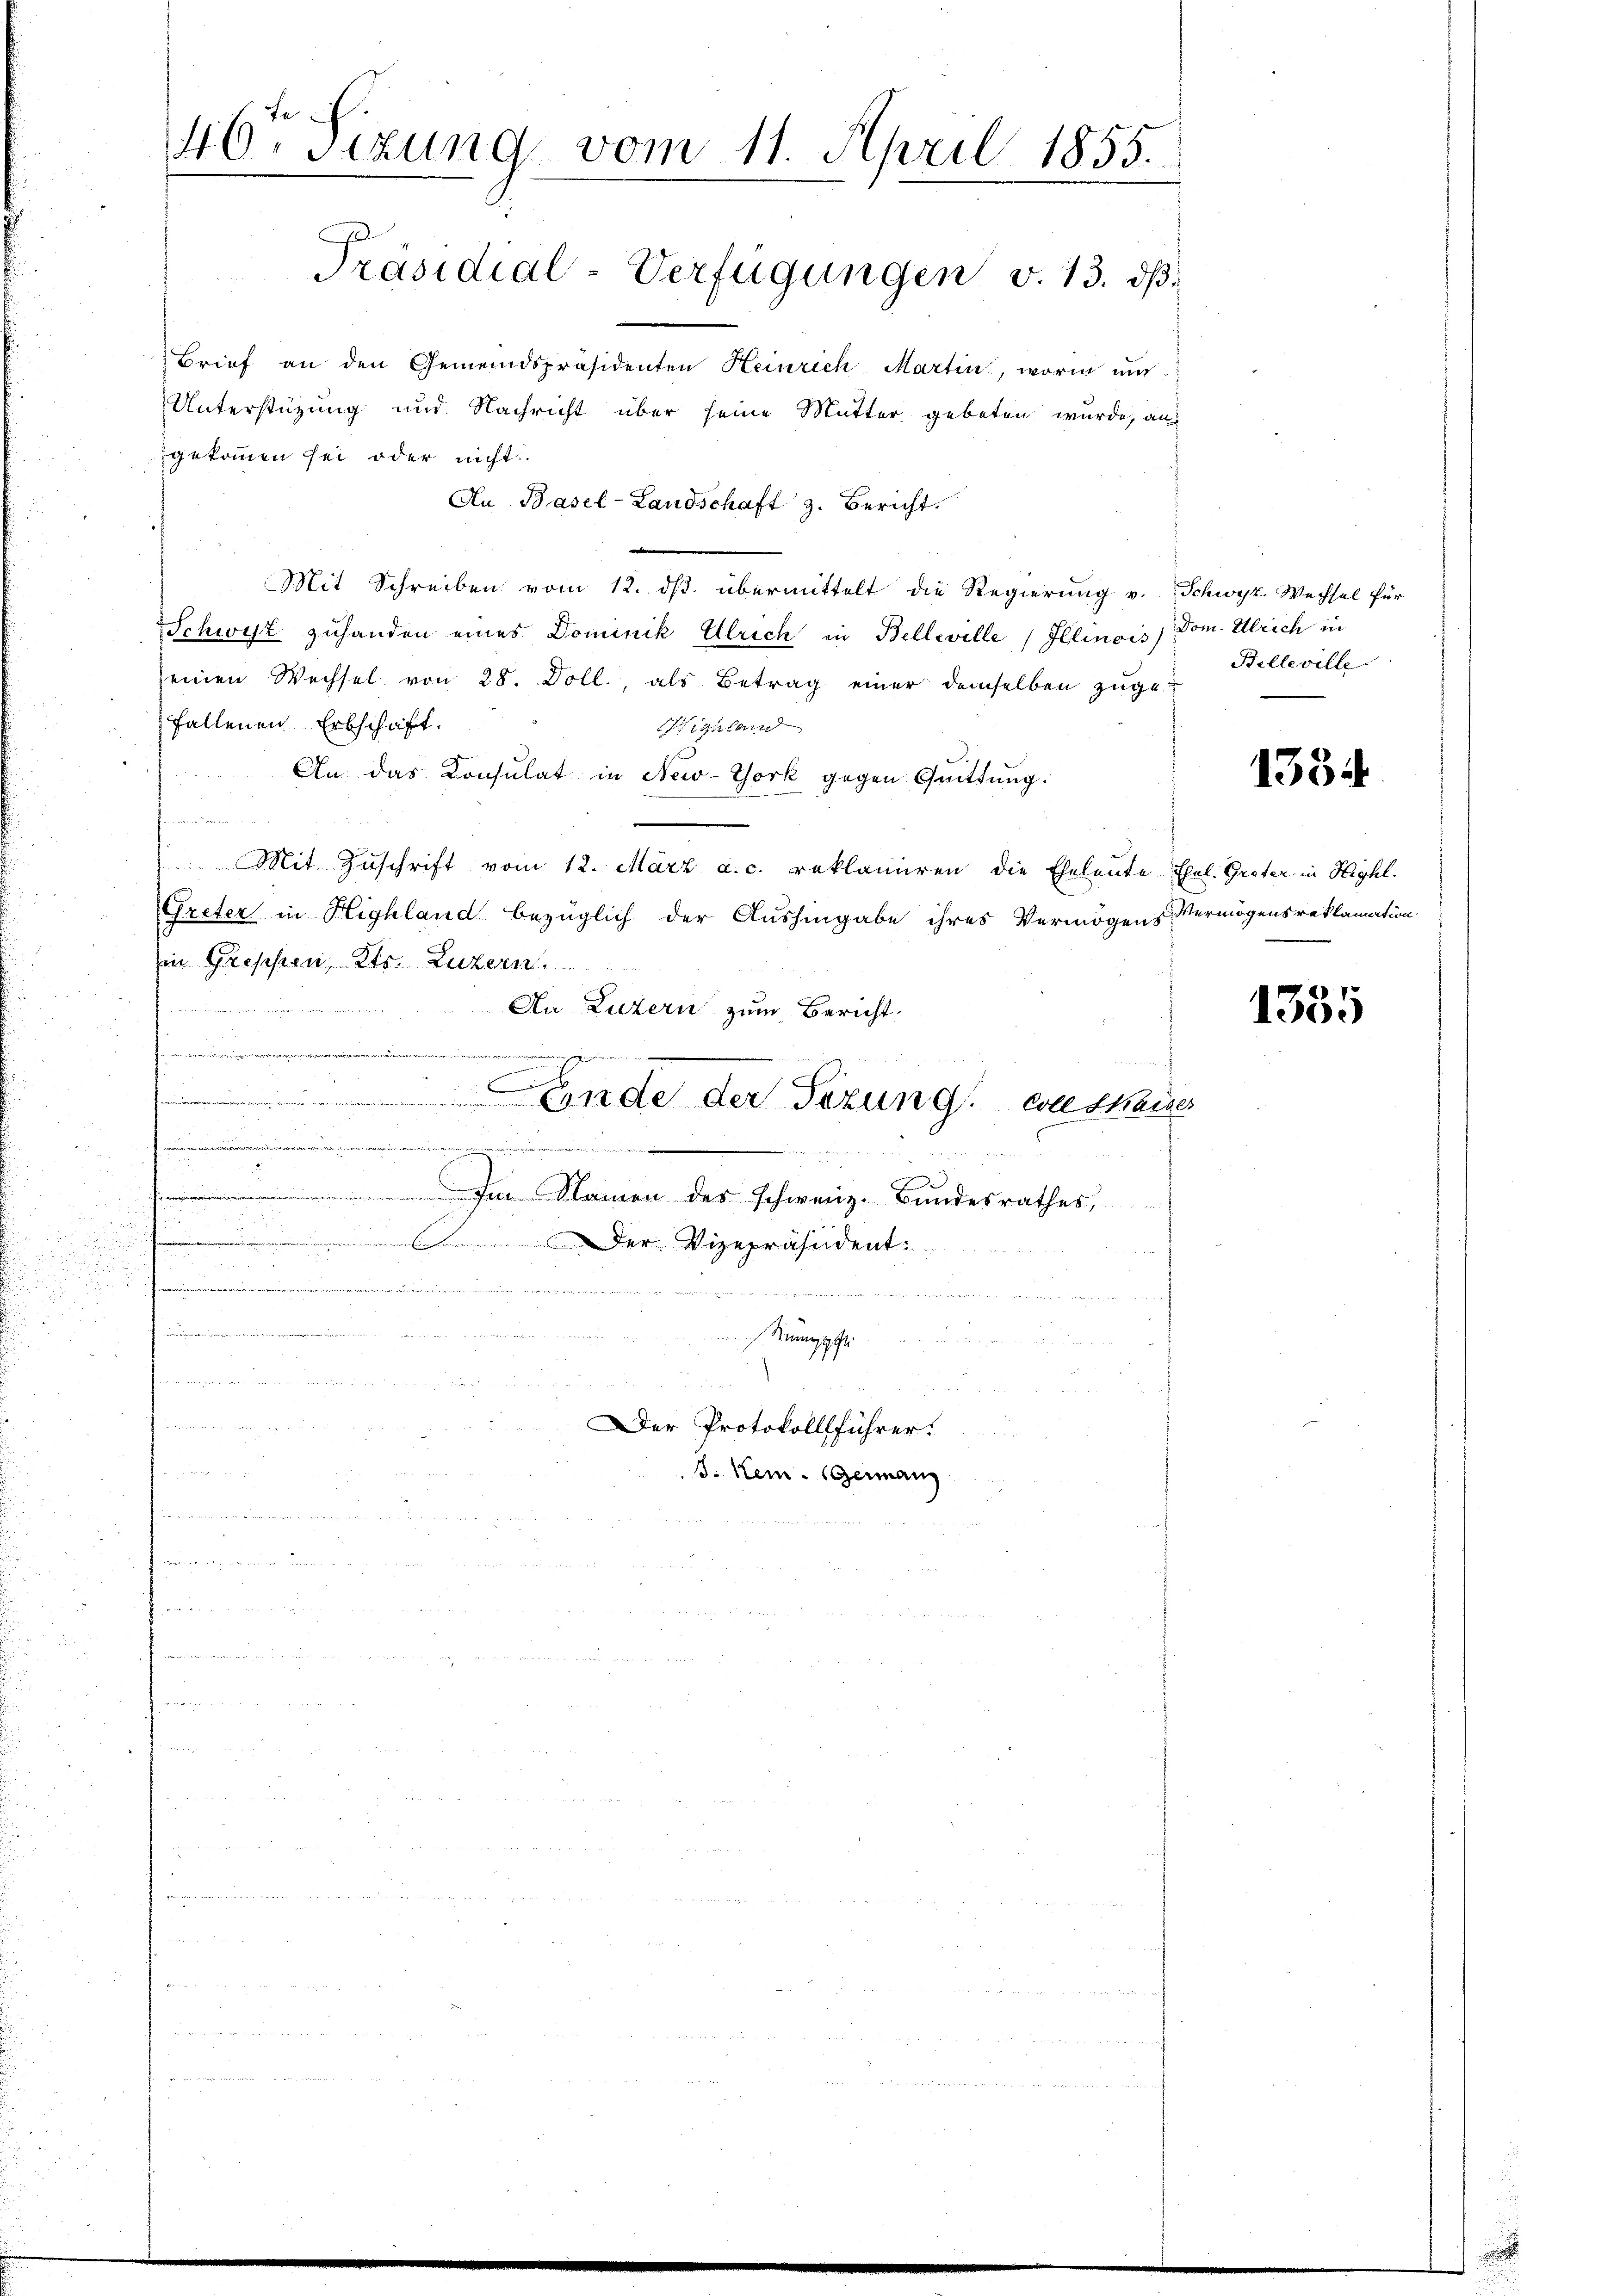
46. Sizung vom 11. April 1855.
Präsidial-Verfügungen v. 13. dβ.

Brief an den Gemeindspräsidenten Heinrich Martin, worin und
Unterstützung und Nachricht über seine Mutter gebeten wurde, an
gekommen sei oder nicht
Die Basel-Landschaft z. Bericht.
Mit Schreiben vom 12. dβ übermittelt die Regierung v. Schwyz. Wechsel für
Schwyz zuhanden eines Dominik Ulrich in Belleille (Illinois)
seinen Wechsel von 28. Doll., als Betrag einer demselben zugefallenen Erbschaft.
ttland
An das Konsulat in New-York gegen Quittung.
Mit Zŭschrift vom 12. März a.c. reklamiren die Eheleute Ehel. Greter in Highl.
Greter in Highland bezüglich der Aushingabe ihres Vermögens Vermögensreklamation
in Greppen, Kts. Luzern.
d
Au Luzern zum Bericht.
e
x
ar
Ende der Sizung, was kaiser
 Cronpringen von einen Juni superinne auchte mithin auch darinaire von in ders niemann einigen mit Gese

we
 Im Namen des schweiz. Bundesrathes,
i

Der Vizepräsident
unn d
d
.
 dann

Remischei
w
Der Protokollführer.

u
S. kein Germang
s und zu gene, u einen  und einer aus

Dom. Ulrich in
Belleville

1384

1355